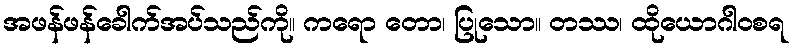
အဖန်ဖန်ခေါက်အပ်သည်ကို။ ကရော တော၊ ပြုသော။ တဿ၊ ထိုယောဂါဝစရ